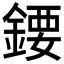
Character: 𨪁